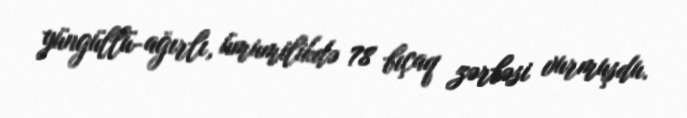
yüngüllü-ağırlı, ümumilikdə 78 bıçaq zərbəsi vurmuşdu.